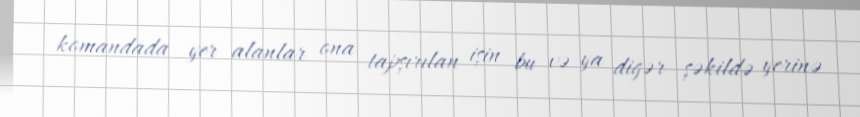
komandada yer alanlar ona tapşırılan işin bu və ya digər şəkildə yerinə